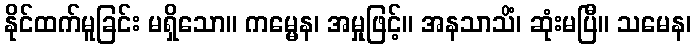
နိုင်ထက်မူခြင်း မရှိသော။ ကမ္မေန၊ အမှုဖြင့်။ အနသာသိံ၊ ဆုံးမပြီ။ သမေန၊